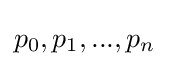
{\textstyle p_{0},p_{1},...,p_{n}}